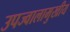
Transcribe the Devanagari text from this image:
उपज्वालामुखीय